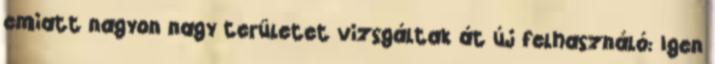
emiatt nagyon nagy területet vizsgáltak át új felhasználó: Igen